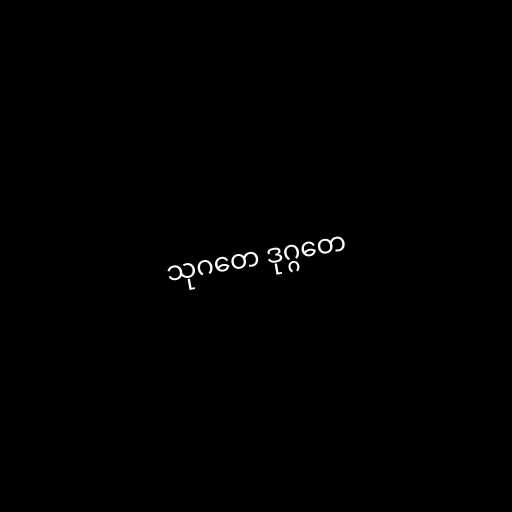
သုဂတေ ဒုဂ္ဂတေ